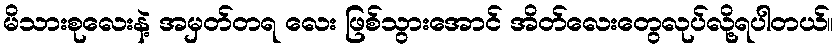
မိသားစုလေးနဲ့ အမှတ်တရ လေး ဖြစ်သွားအောင် အိတ်လေးတွေလုပ်လို့ရပါတယ်။